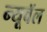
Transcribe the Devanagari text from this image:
न्यूवॅल